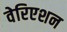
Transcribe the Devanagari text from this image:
वेरिएशन